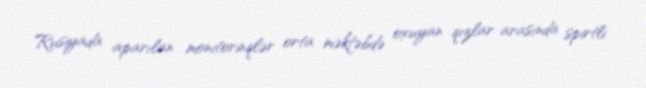
Rusiyada aparılan monitorinqlər orta məktəbdə oxuyan qızlar arasında spirtli